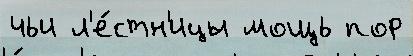
чьи л'е́стн'ицы мощь пор